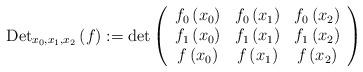
LaTeX: \begin{align*}\operatorname{Det}_{x_{0},x_{1},x_{2}}\left( f\right) :=\det\left( \begin{array}{ccc}f_{0}\left( x_{0}\right) & f_{0}\left( x_{1}\right) & f_{0}\left(x_{2}\right) \\ f_{1}\left( x_{0}\right) & f_{1}\left( x_{1}\right) & f_{1}\left(x_{2}\right) \\ f\left( x_{0}\right) & f\left( x_{1}\right) & f\left( x_{2}\right)\end{array}\right) \end{align*}